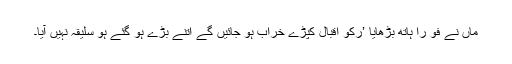
ماں نے فو راً ہاتھ بڑھایا ’رکو اقبال کپڑے خراب ہو جائیں گے اتنے بڑے ہو گئے ہو سلیقہ نہیں آیا۔